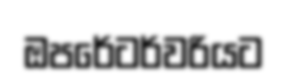
ඔපරේටර්වරියට